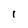
Character: i